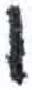
אות: ו